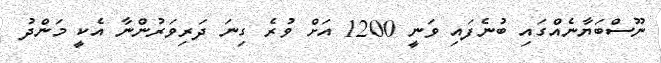
ނޫސްބަޔާނެއްގައި ބުނެފައި ވަނީ 1200 އަށް ވުރެ ގިނަ ދަރިވަރުންނާ އެކީ މަންދު